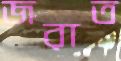
জরাত